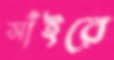
সাঁইরে